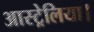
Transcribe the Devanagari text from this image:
आस्ट्रेलिया।